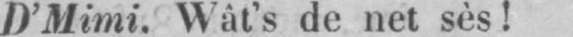
D’Mimi. Wât’s de net sès!